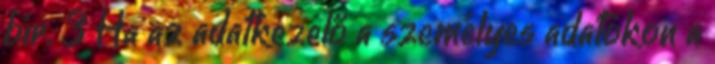
bír. 3 Ha az adatkezelő a személyes adatokon a